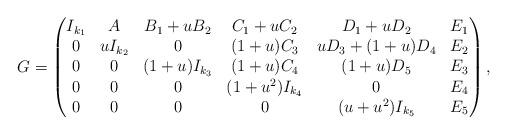
LaTeX: \begin{align*}G= \begin{pmatrix} I_{k_1} & A & B_1 + u B_2 & C_1 + u C_2 & D_1 + u D_2 & E_1 \\0 & u I_{k_2} & 0 & (1+u) C_3 & u D_3 + (1+u) D_4 & E_2 \\0 & 0 & (1+ u) I_{k_3} & (1+ u) C_4 & (1+ u) D_5 & E_3 \\0 & 0 & 0 & (1+ u^2) I_{k_4} & 0 & E_4 \\0 & 0 & 0 & 0 & (u + u^2) I_{k_5} & E_5\end{pmatrix},\end{align*}